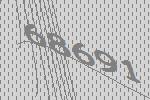
68691